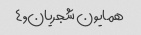
همایون شجریان,۴